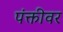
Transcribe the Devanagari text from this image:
पंक्तीवर